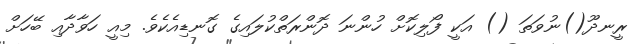
ރީނދޫ()ނުވަތަ () އަކީ ފޯލިކޮށް ހުންނަ ދޮންރަތްކުލައިގެ ގޮނޑިއެކެވެ. މިއީ ހަވާދާއި ބޭހަށް